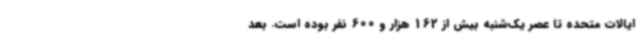
ایالات متحده تا عصر یک‌شنبه بیش از 162 هزار و 600 نفر بوده است. بعد